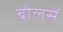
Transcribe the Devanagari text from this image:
बोलसें